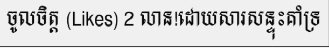
ចូលចិត្ត (Likes) 2 លាន!ដោយសារសន្ទុះគាំទ្រ